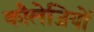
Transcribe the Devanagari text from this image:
कौलेजियों